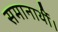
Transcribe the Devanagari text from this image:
समानार्थी।